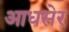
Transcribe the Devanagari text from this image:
आधसेर